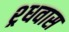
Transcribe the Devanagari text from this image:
श्र्धवास